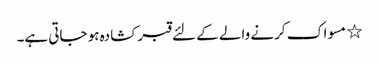
٭ مسواک کرنے والے کے لئے قبر کشادہ ہو جاتی ہے۔